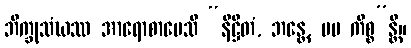
ဘိက္ခုသံဃဿ အာရောစာပေသိ “နိဋ္ဌိတံ, ဘန္တေ, မမ ကိစ္စ”န္တိ။